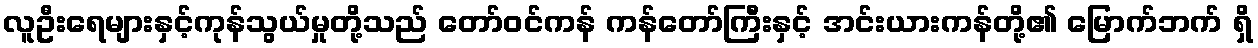
လူဦးရေများနှင့်ကုန်သွယ်မှုတို့သည် တော်ဝင်ကန် ကန်တော်ကြီးနှင့် အင်းယားကန်တို့၏ မြောက်ဘက် ရှိ